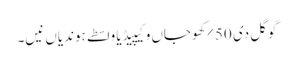
گوگل دی 50٪ کھوجاں وکیپیڈیا واسطے ہوندیاں نیں۔